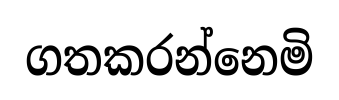
ගතකරන්නෙමි